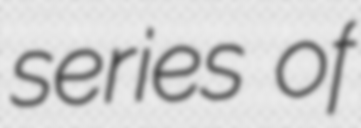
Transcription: series of